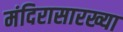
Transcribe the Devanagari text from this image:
मंदिरासारख्या